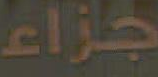
جزاء